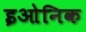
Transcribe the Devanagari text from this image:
इओनिक